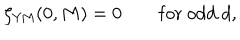
LaTeX: \zeta _ { \mathrm { Y M } } ( 0 , M ) = 0 \qquad \mathrm { f o r \ o d d \ } d ,